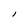
Character: l